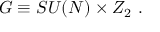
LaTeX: G \equiv S U ( N ) \times Z _ { 2 } \ .